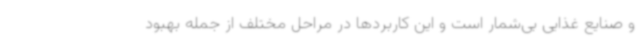
و صنایع غذایی بی‌شمار است و این کاربردها در مراحل مختلف از جمله بهبود